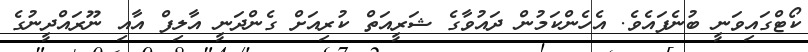
ކޯޓްގައިވަނީ ބުނެފައެވެ. އެހެންކަމުން ދައުވާގެ ޝަރީއަތް ކުރިއަށް ގެންދަނީ އާލިފް އާއި ނޫރައްދީނުގެ